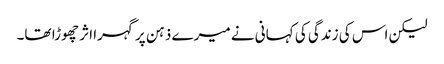
لیکن اس کی زندگی کی کہانی نے میرے ذہن پر گہرا اثر چھوڑا تھا۔